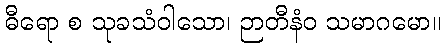
ဓီရော စ သုခသံဝါသော၊ ဉာတီနံဝ သမာဂမော။